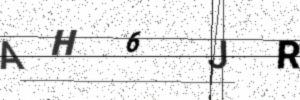
Text: AH6JR